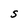
Character: S